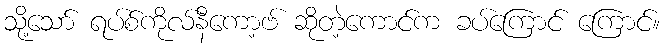
သို့သော် ရပ်စ်ကိုလ်နီကော့ဗ် ဆိုတဲ့ကောင်က ခပ်ကြောင် ကြောင်။